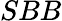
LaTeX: SBB